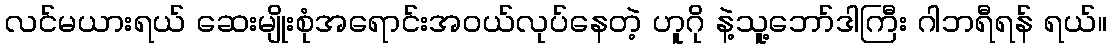
လင်မယားရယ် ဆေးမျိုးစုံအရောင်းအဝယ်လုပ်နေတဲ့ ဟူဂို နဲ့သူ့ဘော်ဒါကြီး ဂါဘရီရန် ရယ်။